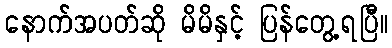
နောက်အပတ်ဆို မိမိနှင့် ပြန်တွေ့ရပြီ။